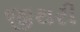
જીથરી